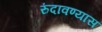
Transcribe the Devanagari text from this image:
रुंदावण्यास